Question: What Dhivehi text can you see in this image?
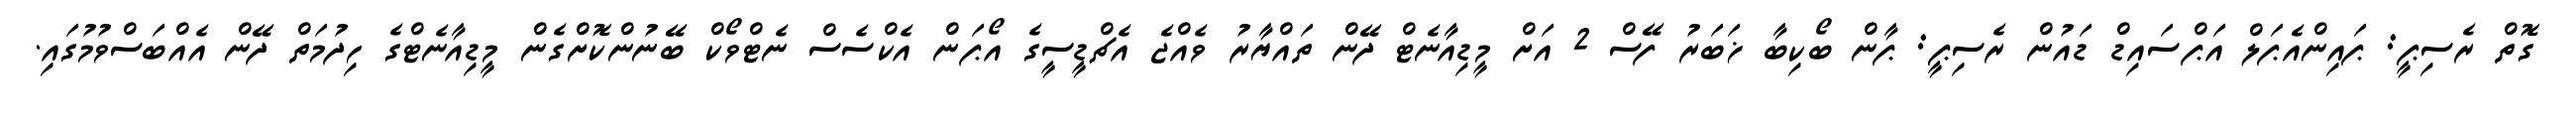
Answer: ގޮތް ރެސިޕީ: ޕައިންއެޕަލް އަޕްސައިޑް ޑައުން ރެސިޕީ: ޕާން ބޯކިބާ ޚަބަރު ފޭސް 2 އަށް މީޑިއާނެޓް ދޭން ތައްޔާރު ވެއްޖެ އެޗްޑީސީގެ އޯޕަން އެކްސެސް ނެޓްވޯކް ބޭނުންކޮށްގެން މީޑިއާނެޓްގެ ހިދުމަތް ދޭން އެއްބަސްވުމުގައި.